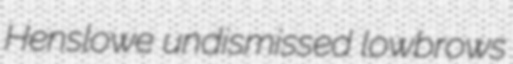
Henslowe undismissed lowbrows